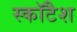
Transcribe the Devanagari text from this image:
स्कॉटैश